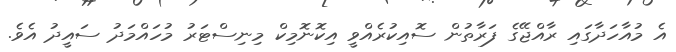
އެ މުއާހަދާގައި ރާއްޖޭގެ ފަރާތުން ސޮއިކުރެއްވީ އިކޮނޮމިކް މިނިސްޓަރު މުހައްމަދު ސައީދު އެވެ.